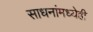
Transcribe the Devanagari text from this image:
साधनांमध्येही